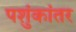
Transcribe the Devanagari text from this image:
पशुंकांतर